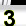
Digit: 3